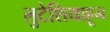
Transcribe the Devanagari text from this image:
लुटेशियाहून